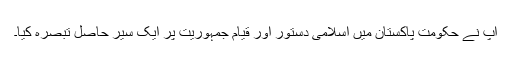
آپ نے حکومتِ پاکستان میں اسلامی دستور اور قیامِ جمہوریت پر ایک سیر حاصل تبصرہ کیا۔